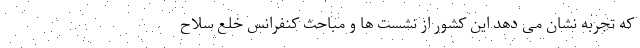
که تجربه نشان می دهد این کشور از نشست ها و مباحث کنفرانس خلع سلاح